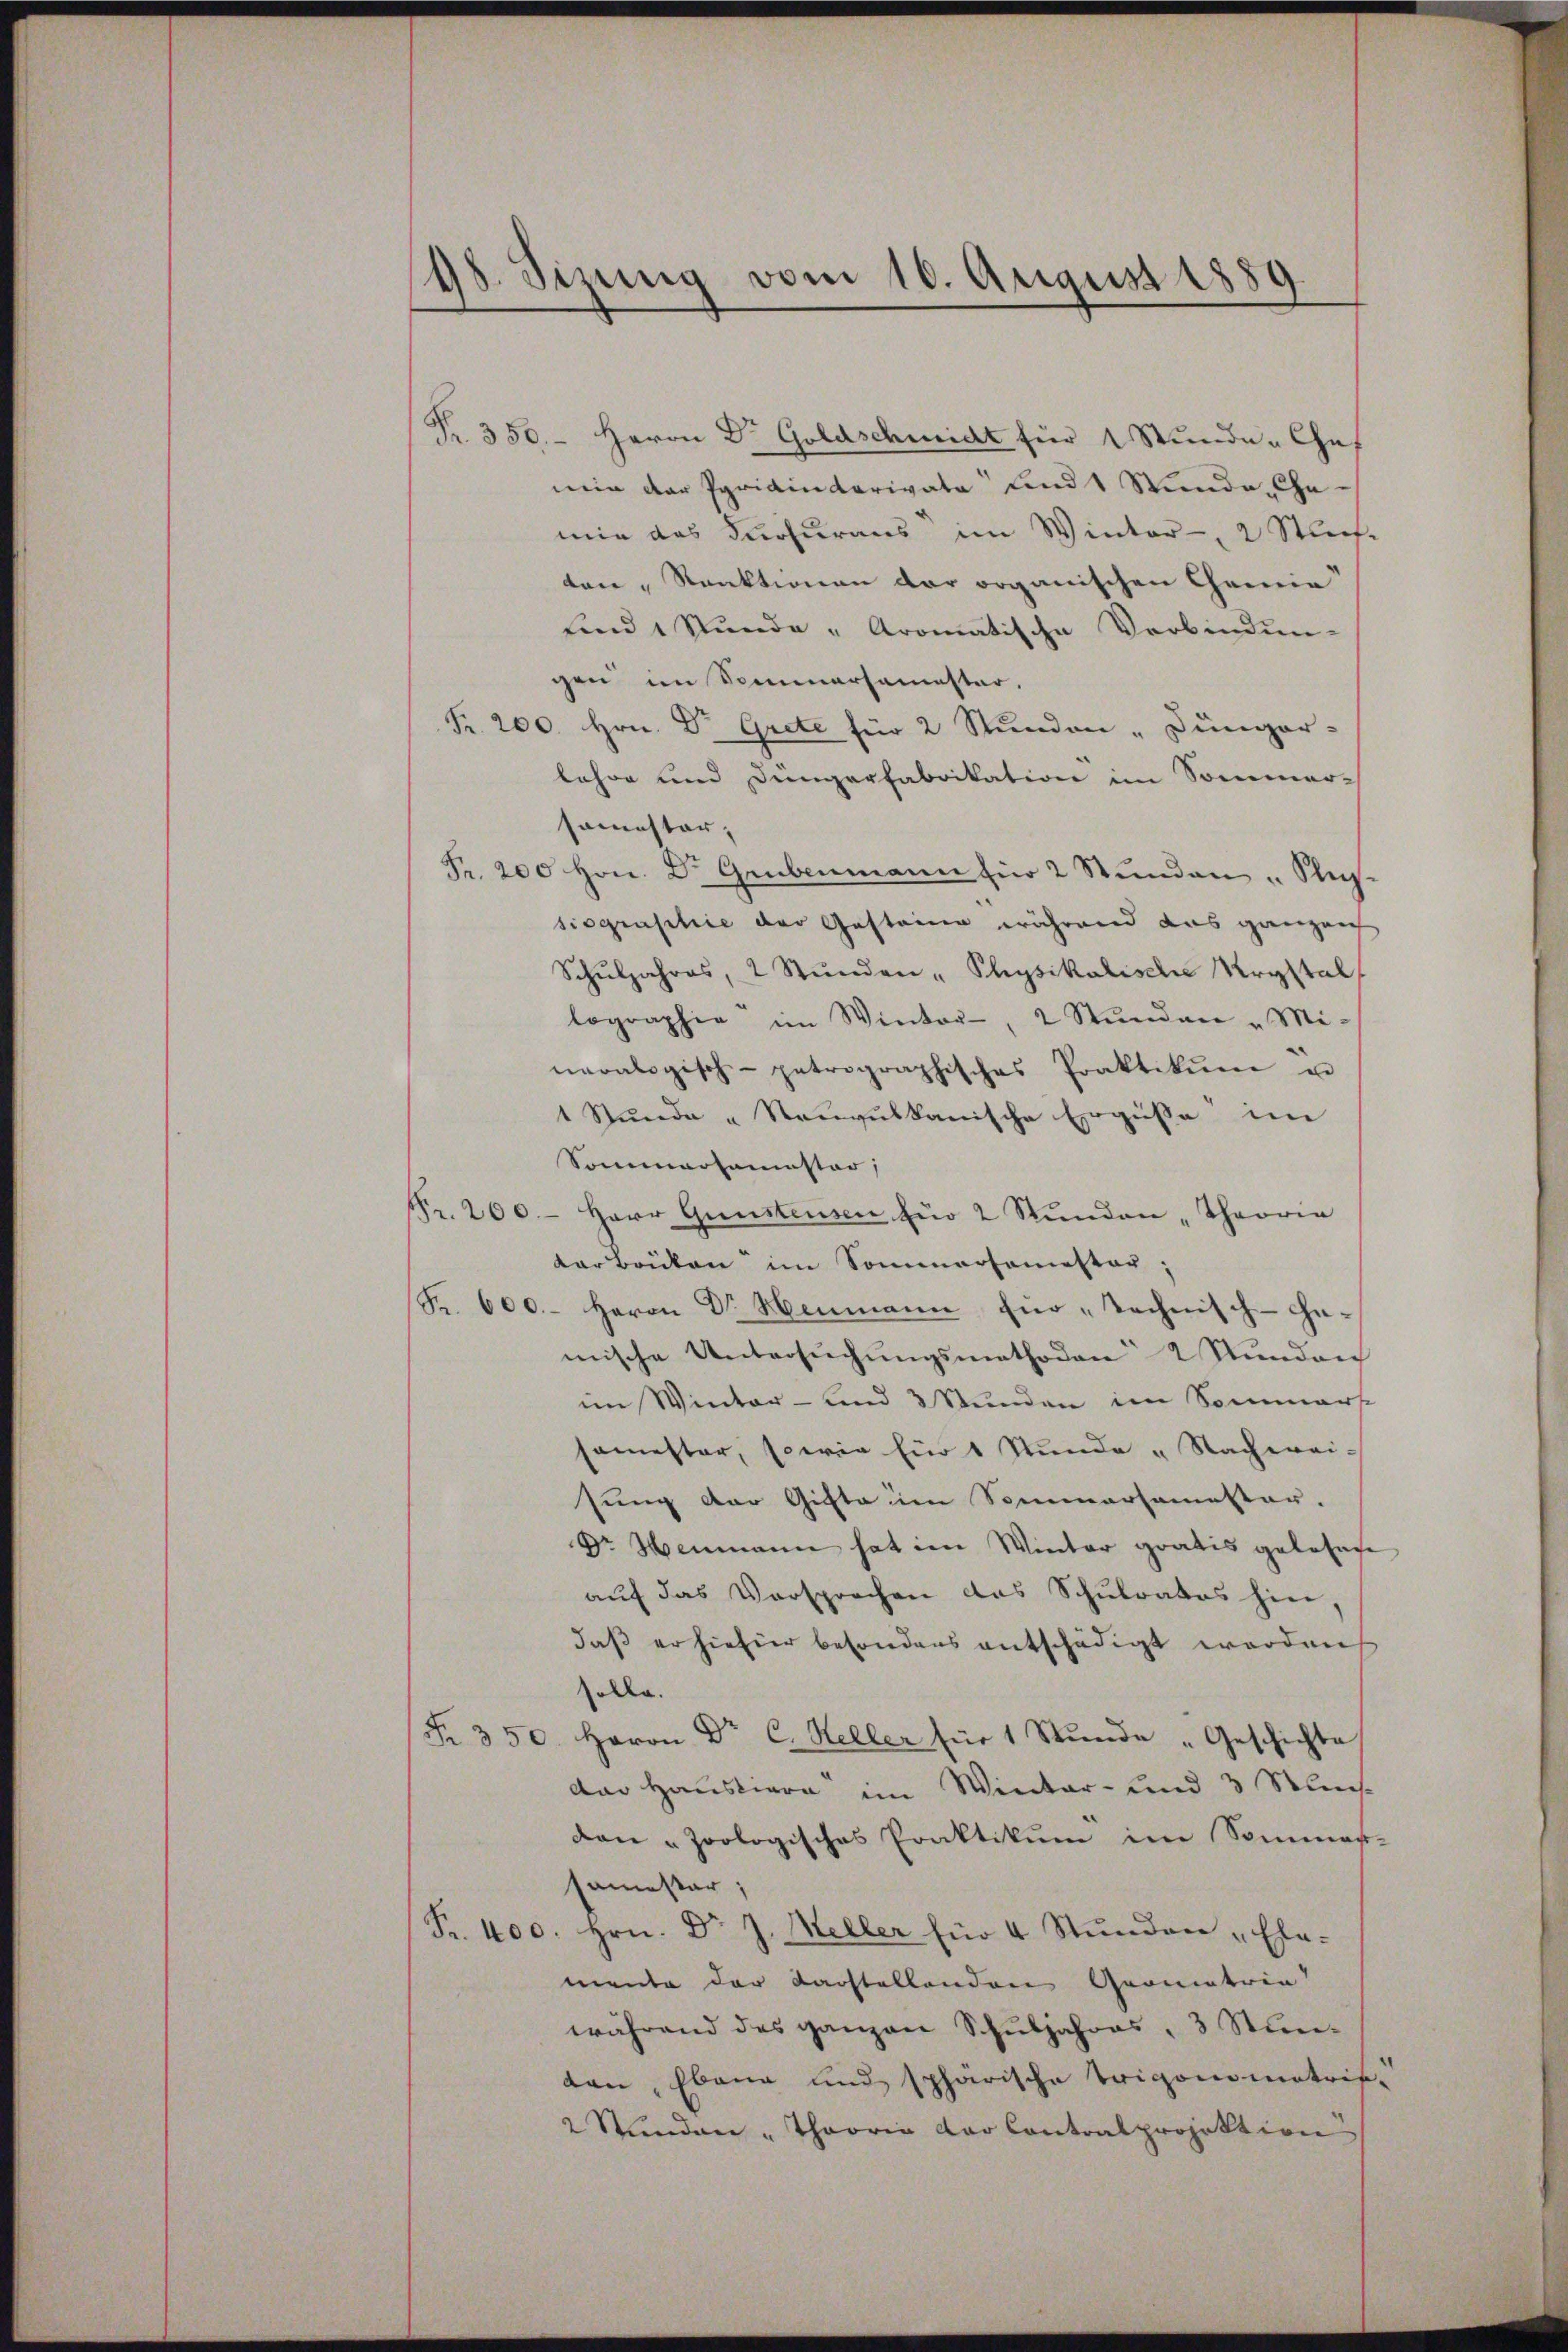
98. Sizung vom 10. August 1889

Nr. 350. Herrn Dr Goldschmidt für 1 Stunde Chef
nein der Privintarivata und 1 Stunde Cha-
mie das Furhuraus im Winter-, 2 Stuch-
ten „Ranktionen der organischen Gemein
sind 1 Stunde -Aromatische Verbindun-
gen im Sommersamester.
Fr. 200. Hrn. Dr. Grete für 2 Stunden „Junger-
lehre und Dingerfabrikation im Sommer-
somester,
Pr. 200 Hrn. Dr. Grubenmann für 2 Stŭnden "Stus-
siographie der Gesteine während das ganzen
Schŭljahres, 2 Stŭnden " Physikalisch Krystal
lographie im Winter-, 2 Stŭnden „Mi-
neralogisch-patrographisches Praktikŭm u
1 Stunde „Rauvulkanische Ergüsse im
Sommersamester,
Fr. 200.- Herr Gunstensen für 2 Stŭnden „Theorie
arbrüken im Sommersemester;
K. 600. Herrn Dr. Heimann für technisch-Ge-
mische Untersŭchŭngsmethoden 2 Stunden
im Winter- und 3 Stunden im Sommerse
semester, sowie Ein 1 Stunde „Nachwei-
sung der Gifte um Sommersemester.
Dr Mammann hat im Winter gratis gelosache
aŭf das Versprochen das Schŭlrates hin,
daß er hiefür besonders entschädigt werden
Colle.
Fr. 350. Herrn Dr C. Heller für 1 Stŭnde „Geschichte
das Hausion im Winter- und 3 Stunde
den „Zoologisches Praktikum im Sommen-
samester;
Fr. 400. hrn. Dr J. Meller für 4 Stŭnden „Ele-
mente der darstellenden Geometrin
während des ganzen Schŭljahres, 3 Stu-
ten, Ebene und sphärische Trigonometrif
2 Stŭnden „Theoria der Contralprojektion